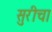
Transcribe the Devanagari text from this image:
सुरीचा